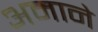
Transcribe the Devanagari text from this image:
अमाने